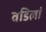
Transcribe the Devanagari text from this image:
वडिलां